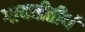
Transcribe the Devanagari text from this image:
गायत्रीतीर्थ